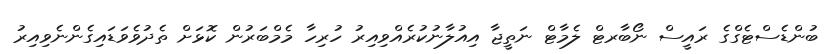
ބުންޑެސްޓެގްގެ ރައީސް ނޯބާރޓް ލެމާޓް ނަތީޖާ އިއުލާނުކުރެއްވިއިރު ހުރިހާ މެމްބަރުން ކޮޅަށް ތެދުވެވަޑައިގެންނެވިއިރު